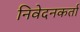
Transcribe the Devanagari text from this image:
निवेदनकर्ता